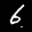
Label: 6